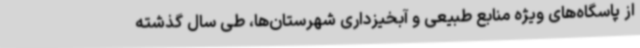
از پاسگاه‌های ویژه منابع طبیعی و آبخیزداری شهرستان‌ها، طی سال گذشته